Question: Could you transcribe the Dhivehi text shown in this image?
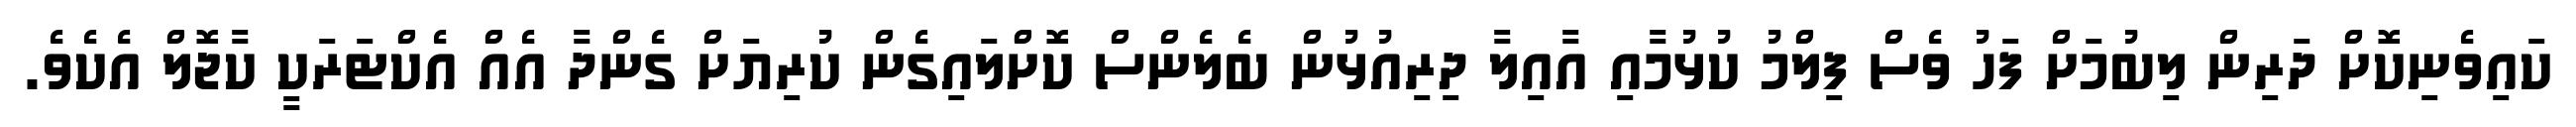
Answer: ކައިވެނިކޮށް ދަރިން ލިބުމަށް ފަހު ވެސް ފިލްމު ކުޅުމާއި އާއިލާ ދިރިއުޅުން ބެލެންސް ކޮށްލައިގެން ކުރިޔަށް ގެންދާ އެއް އެކްޓަރަކީ ކާޖޮލް އެކެވެ.